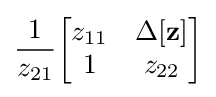
{\frac {1}{z_{21}}}{\begin{bmatrix}z_{11}&\Delta \mathbf {[z]} \\1&z_{22}\end{bmatrix}}